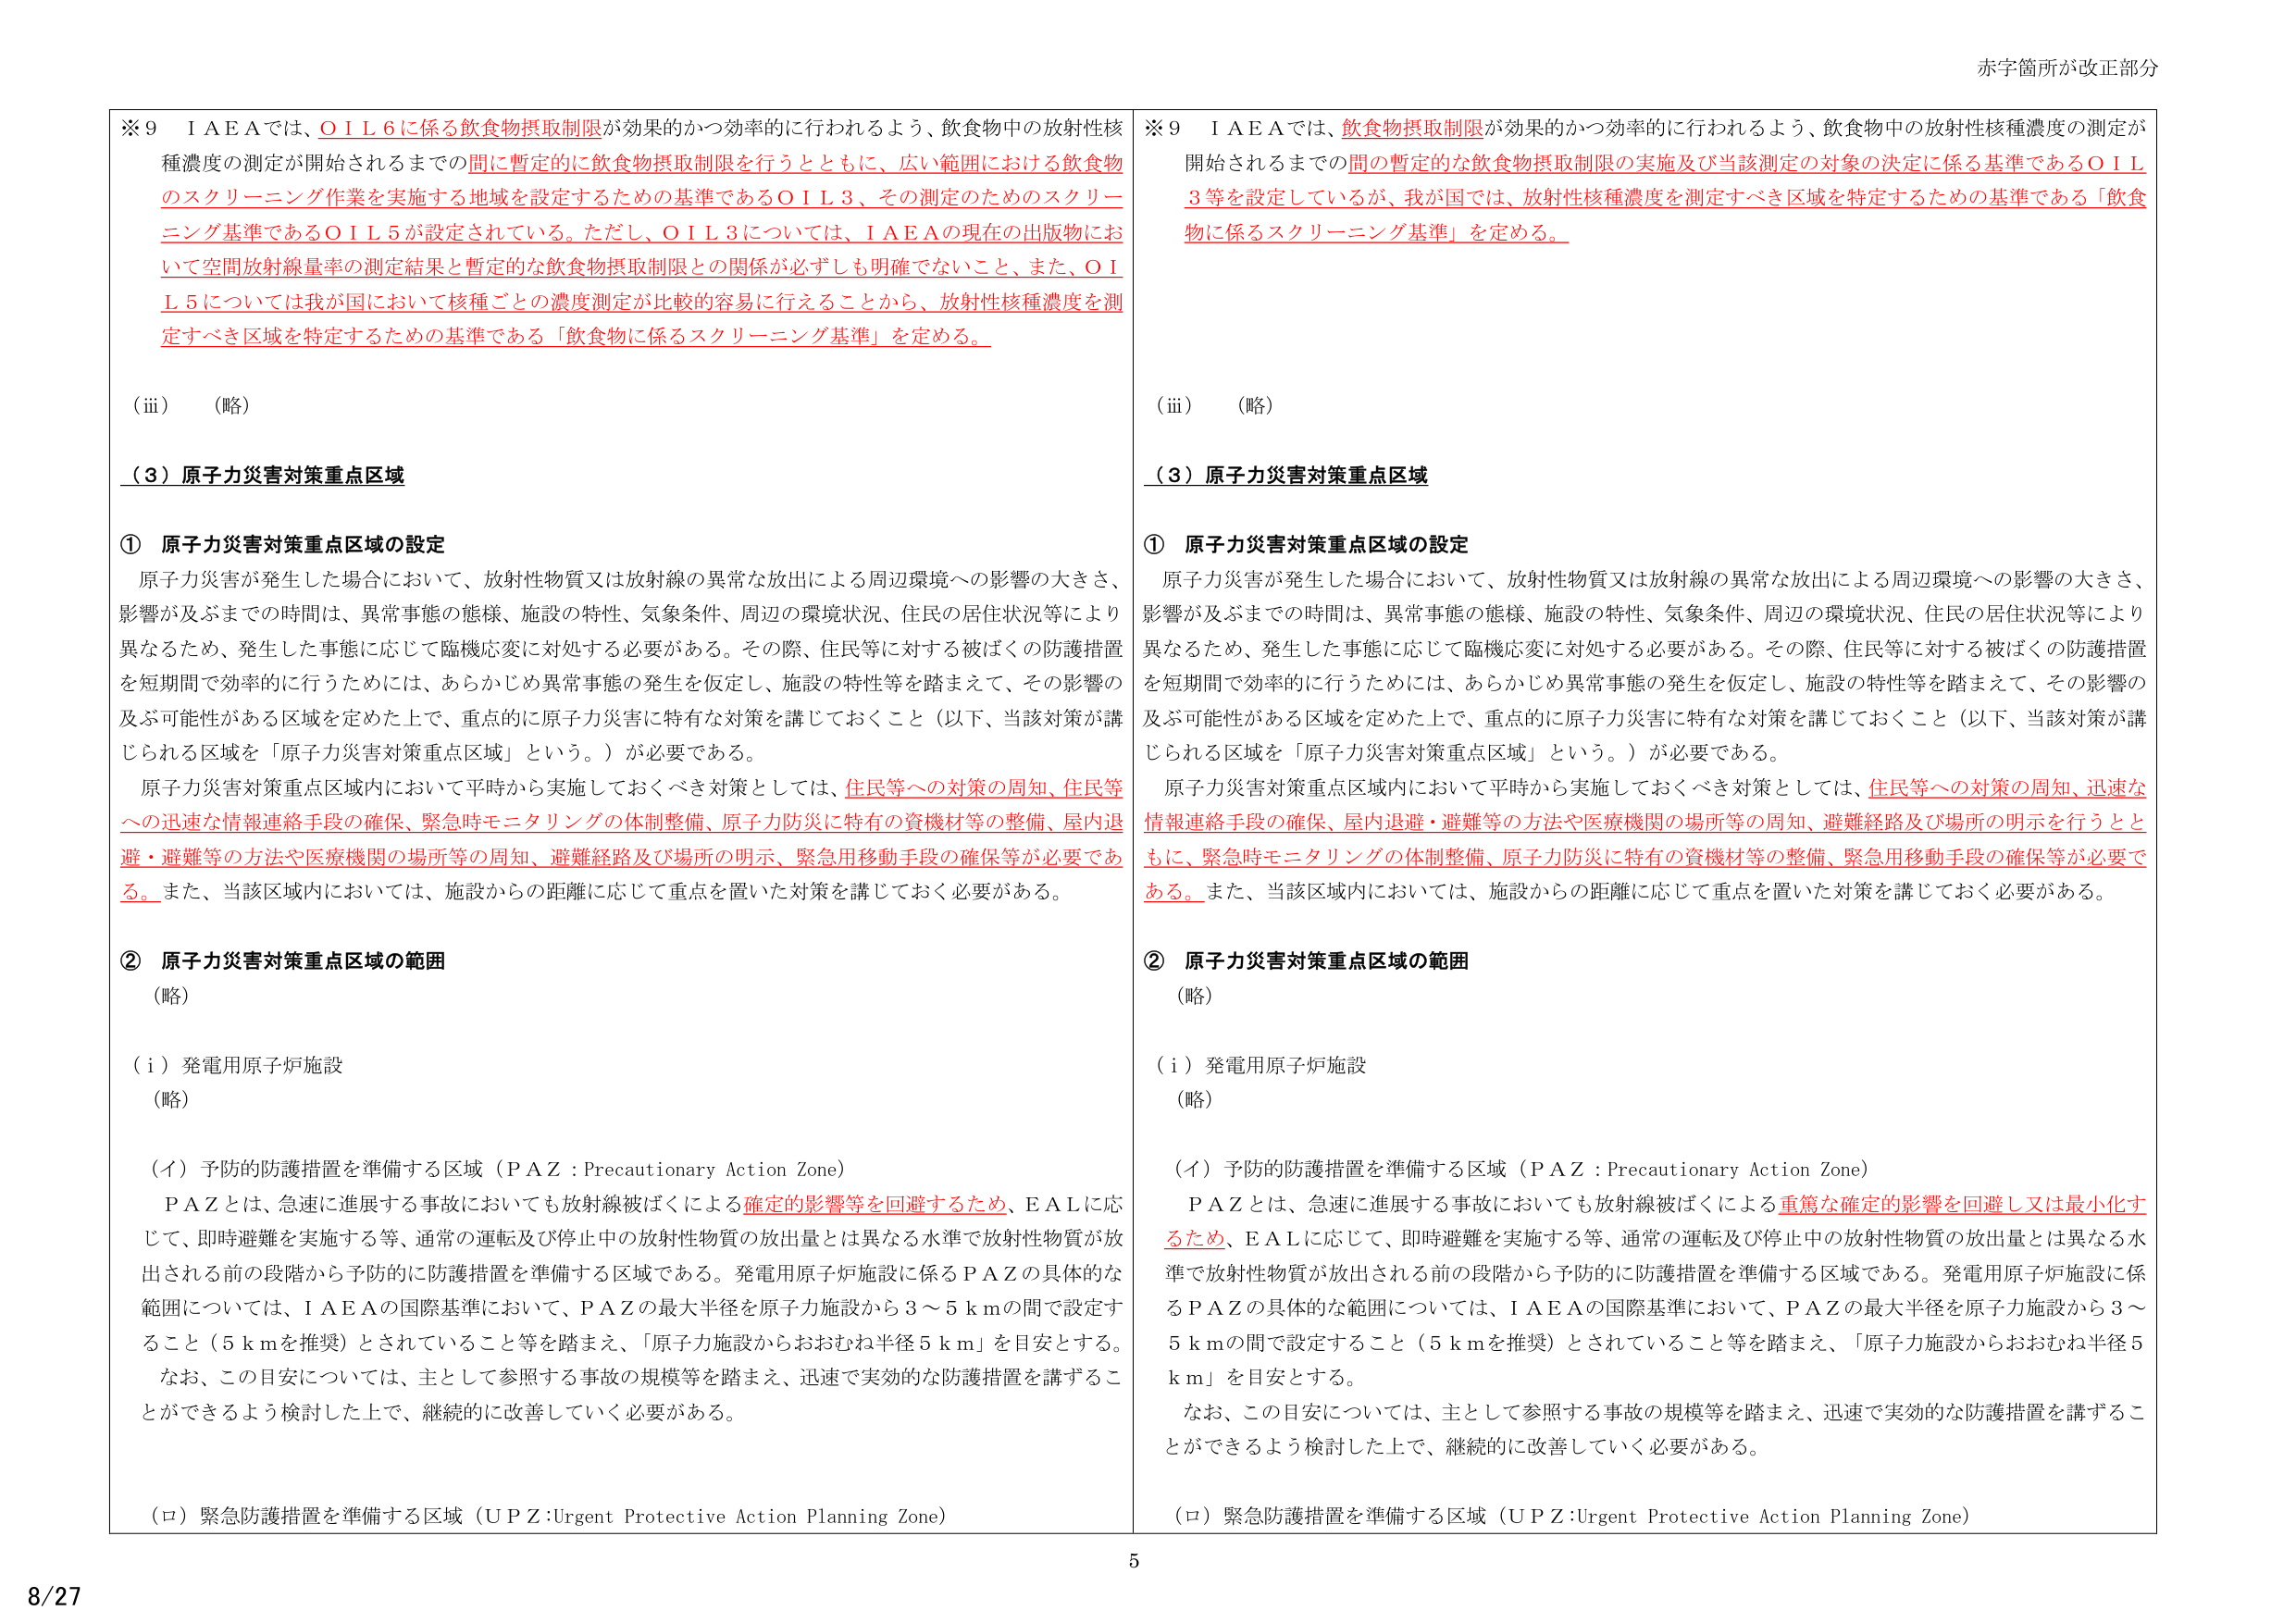
※９　ＩＡＥＡでは、ＯＩＬ６に係る飲食物摂取制限が効果的かつ効率的に行われるよう、飲食物中の放射性核種濃度の測定が開始されるまでの間に暫定的に飲食物摂取制限を行うとともに、広い範囲における飲食物のスクリーニング作業を実施する地域を設定するための基準であるＯＩＬ３、その測定のためのスクリーニング基準であるＯＩＬ５が設定されている。ただし、ＯＩＬ３については、ＩＡＥＡの現在の出版物において空間放射線量率の測定結果と暫定的な飲食物摂取制限との関係が必ずしも明確でないこと、また、ＯＩＬ５については我が国において核種ごとの濃度測定が比較的容易に行えることから、放射性核種濃度を測定すべき区域を特定するための基準である「飲食物に係るスクリーニング基準」を定める。

（iii）　（略）

（３）原子力災害対策重点区域

①　原子力災害対策重点区域の設定

　原子力災害が発生した場合において、放射性物質又は放射線の異常な放出による周辺環境への影響の大きさ、影響が及ぶまでの時間は、異常事態の態様、施設の特性、気象条件、周辺の環境状況、住民の居住状況等により異なるため、発生した事態に応じて臨機応変に対処する必要がある。その際、住民等に対する被ばくの防護措置を短期間で効率的に行うためには、あらかじめ異常事態の発生を仮定し、施設の特性等を踏まえて、その影響の及ぶ可能性がある区域を定めた上で、重点的に原子力災害に特有な対策を講じておくこと（以下、当該対策が講じられる区域を「原子力災害対策重点区域」という。）が必要である。

　原子力災害対策重点区域内において平時から実施しておくべき対策としては、住民等への対策の周知、住民等への迅速な情報連絡手段の確保、緊急時モニタリングの体制整備、原子力防災に特有の資機材等の整備、屋内退避・避難等の方法や医療機関の場所等の周知、避難経路及び場所の明示、緊急用移動手段の確保等が必要である。また、当該区域内においては、施設からの距離に応じて重点を置いた対策を講じておく必要がある。

②　原子力災害対策重点区域の範囲

（略）

（ｉ）発電用原子炉施設

（略）

（イ）予防的防護措置を準備する区域（ＰＡＺ：Precautionary Action Zone）

　ＰＡＺとは、急速に進展する事故においても放射線被ばくによる確定的影響等を回避するため、ＥＡＬに応じて、即時避難を実施する等、通常の運転及び停止中の放射性物質の放出量とは異なる水準で放射性物質が放出される前の段階から予防的に防護措置を準備する区域である。発電用原子炉施設に係るＰＡＺの具体的な範囲については、ＩＡＥＡの国際基準において、ＰＡＺの最大半径を原子力施設から３～５ｋｍの間で設定すること（５ｋｍを推奨）とされていること等を踏まえ、「原子力施設からおおむね半径５ｋｍ」を目安とする。

　なお、この目安については、主として参照する事故の規模等を踏まえ、迅速で実効的な防護措置を講ずることができるよう検討した上で、継続的に改善していく必要がある。

（ロ）緊急防護措置を準備する区域（ＵＰＺ：Urgent Protective Action Planning Zone）

※９　ＩＡＥＡでは、飲食物摂取制限が効果的かつ効率的に行われるよう、飲食物中の放射性核種濃度の測定が開始されるまでの間の暫定的な飲食物摂取制限の実施及び当該測定の対象の決定に係る基準であるＯＩＬ３等を設定しているが、我が国では、放射性核種濃度を測定すべき区域を特定するための基準である「飲食物に係るスクリーニング基準」を定める。

（iii）　（略）

（３）原子力災害対策重点区域

①　原子力災害対策重点区域の設定

　原子力災害が発生した場合において、放射性物質又は放射線の異常な放出による周辺環境への影響の大きさ、影響が及ぶまでの時間は、異常事態の態様、施設の特性、気象条件、周辺の環境状況、住民の居住状況等により異なるため、発生した事態に応じて臨機応変に対処する必要がある。その際、住民等に対する被ばくの防護措置を短期間で効率的に行うためには、あらかじめ異常事態の発生を仮定し、施設の特性等を踏まえて、その影響の及ぶ可能性がある区域を定めた上で、重点的に原子力災害に特有な対策を講じておくこと（以下、当該対策が講じられる区域を「原子力災害対策重点区域」という。）が必要である。

　原子力災害対策重点区域内において平時から実施しておくべき対策としては、住民等への対策の周知、迅速な情報連絡手段の確保、屋内退避・避難等の方法や医療機関の場所等の周知、避難経路及び場所の明示を行うとともに、緊急時モニタリングの体制整備、原子力防災に特有の資機材等の整備、緊急用移動手段の確保等が必要である。また、当該区域内においては、施設からの距離に応じて重点を置いた対策を講じておく必要がある。

②　原子力災害対策重点区域の範囲

（略）

（ｉ）発電用原子炉施設

（略）

（イ）予防的防護措置を準備する区域（ＰＡＺ：Precautionary Action Zone）

　ＰＡＺとは、急速に進展する事故においても放射線被ばくによる重篤な確定的影響を回避し又は最小化するため、ＥＡＬに応じて、即時避難を実施する等、通常の運転及び停止中の放射性物質の放出量とは異なる水準で放射性物質が放出される前の段階から予防的に防護措置を準備する区域である。発電用原子炉施設に係るＰＡＺの具体的な範囲については、ＩＡＥＡの国際基準において、ＰＡＺの最大半径を原子力施設から３～５ｋｍの間で設定すること（５ｋｍを推奨）とされていること等を踏まえ、「原子力施設からおおむね半径５ｋｍ」を目安とする。

　なお、この目安については、主として参照する事故の規模等を踏まえ、迅速で実効的な防護措置を講ずることができるよう検討した上で、継続的に改善していく必要がある。

（ロ）緊急防護措置を準備する区域（ＵＰＺ：Urgent Protective Action Planning Zone）

赤字箇所が改正部分

5

8/27